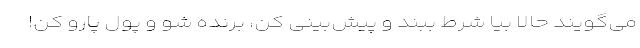
می‌گویند حالا بیا شرط ببند و پیش‌بینی کن، برنده شو و پول پارو کن!